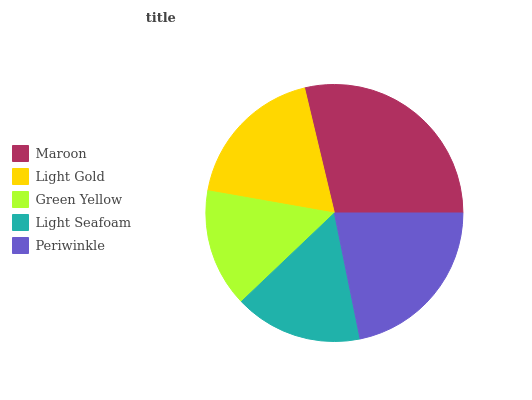
| Maroon | Light Gold | Green Yellow | Light Seafoam | Periwinkle |
 | --- | --- | --- | --- | --- |
 | 28.7% | 18.5% | 14.9% | 16.1% | 21.8% |